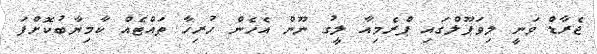
ޖެރާޑް ވަނީ ލިވަަޕޫލްގައި ޕްރެމިއާ ލީގު ނޫން އެހެން ހުރިހާ ތައްޓެއް ކާމިޔާބުކޮށްފަ